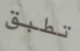
تطبق